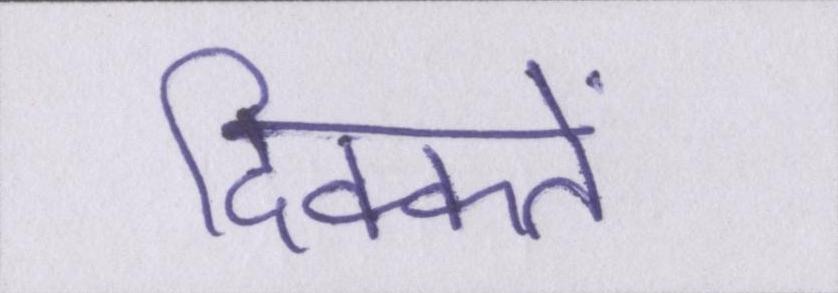
दिक्कतें